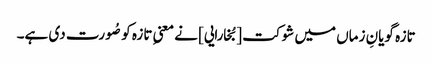
تازہ گویانِ زماں میں شوکت [بُخارایی] نے معنیِ تازہ کو صُورت دی ہے۔